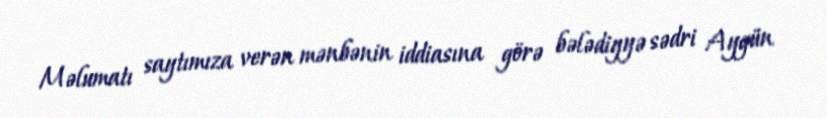
Məlumatı saytımıza verən mənbənin iddiasına görə bələdiyyə sədri Aygün